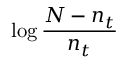
\log { \frac { N - n _ { t } } { n _ { t } } }